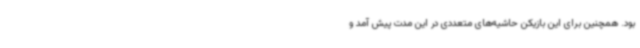
بود. همچنین برای این بازیکن حاشیه‌های متعددی در این مدت پیش آمد و